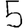
Digit: 5